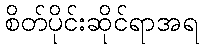
စိတ်ပိုင်းဆိုင်ရာအရ